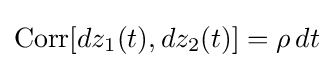
\operatorname {Corr} [dz_{1}(t),dz_{2}(t)]=\rho \,dt